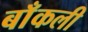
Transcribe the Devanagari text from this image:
बाँकली